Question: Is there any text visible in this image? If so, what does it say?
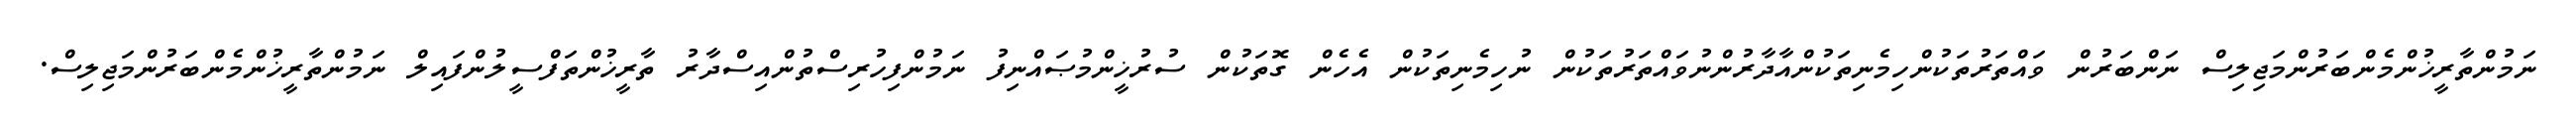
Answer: ނަމުންތާރީޚުންމެންބަރުންމަޖިލިސް ނަންބަރުން ވައްތަރުތަކުންހިމެނިތަކުންއާދާރުންނުވައްތަރުތަކުން ނުހިމެނިތަކުން އެހެން ގޮތަކުން ސުރުޚީންމުޞައްނިފު ނަމުންފިހުރިސްތުންއިސްދާރު ތާރީޚުންތަފްސީލުންފައިލް ނަމުންތާރީޚުންމެންބަރުންމަޖިލިސް.